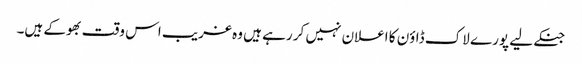
جنکے لیے پورے لاک ڈاؤن کا اعلان نہیں کر رہے ہیں وہ غریب اس وقت بھوکے ہیں۔